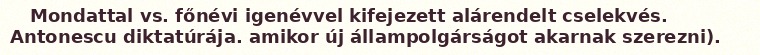
Mondattal vs. főnévi igenévvel kifejezett alárendelt cselekvés. Antonescu diktatúrája. amikor új állampolgárságot akarnak szerezni).